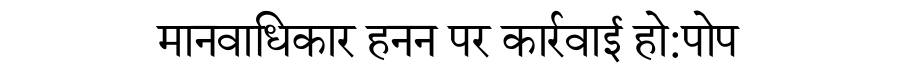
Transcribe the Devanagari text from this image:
मानवाधिकार हनन पर कार्रवाई हो:पोप